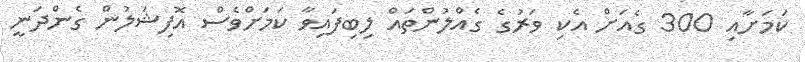
ކަމަށާއި 300 ގެއަށް އެކި ވަރުގެ ގެއްލުންތައް ލިބިފައިވާ ކަމަށްވެސް އޮފިޝަލުން ގެންދަނީ